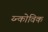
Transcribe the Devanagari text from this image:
य्न्कोविक